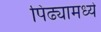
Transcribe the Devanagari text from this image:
पिढ्यामध्ये